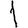
Digit: 1